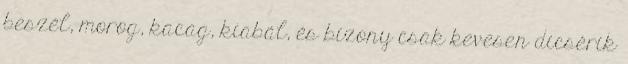
beszél, morog, kacag, kiabál, és bizony csak kevesen dicsérik